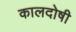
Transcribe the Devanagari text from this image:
कालदोषी